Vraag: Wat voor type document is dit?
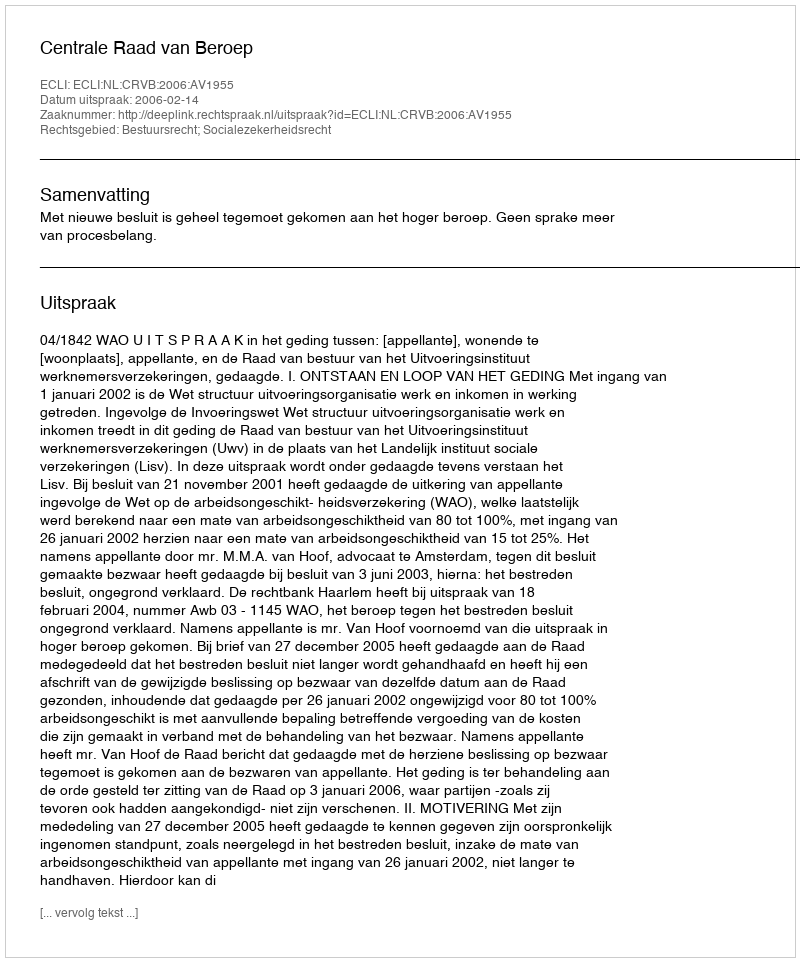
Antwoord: Uitspraak